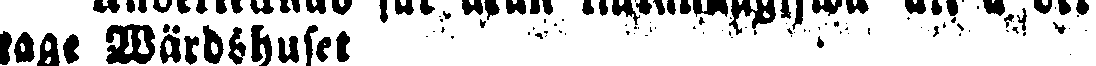
sage Wärdshuset